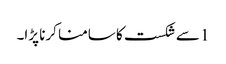
1 سے شکست کا سامنا کرنا پڑا۔